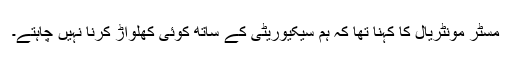
مسٹر مونٹریال کا کہنا تھا کہ ہم سیکیوریٹی کے ساتھ کوئی کھلواڑ کرنا نہیں چاہتے۔